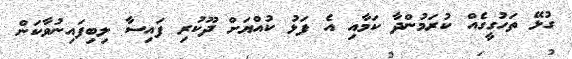
ގުޅޭ ތަހުގީގެއް ކުރަމުންދާ ކަމާއި އެ ފަޅު ކުއްޔަށް ދޫކުރި ފައިސާ ލިބިފައިނުވާކަން